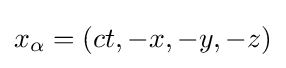
x_{\alpha }=(ct,-x,-y,-z)